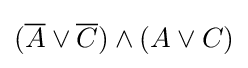
({\overline {A}}\vee {\overline {C}})\wedge (A\vee C)